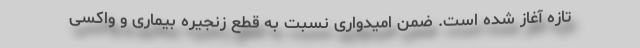
تازه آغاز شده است. ضمن امیدواری نسبت به قطع زنجیره بیماری و واکسی